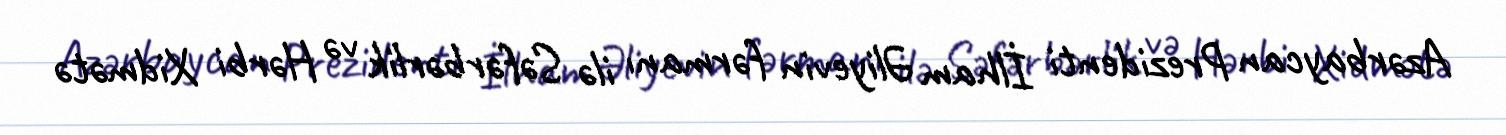
Azərbaycan Prezidenti İlham Əliyevin fərmanı ilə Səfərbərlik və Hərbi Xidmətə